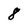
Character: 8